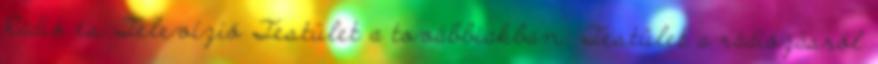
Rádió és Televízió Testület a továbbiakban: Testület a rádiózásról